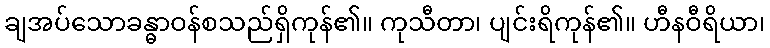
ချအပ်သောခန္ဓာဝန်စသည်ရှိကုန်၏။ ကုသီတာ၊ ပျင်းရိကုန်၏။ ဟီနဝီရိယာ၊